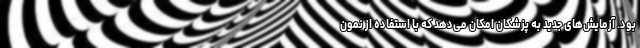
بود. آزمایش‌های جدید به پزشکان امکان می‌دهد که با استفاده از نمون